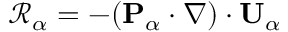
\mathcal R _ { \alpha } = - ( \mathbf { P } _ { \alpha } \cdot \nabla ) \cdot \mathbf { U } _ { \alpha }